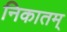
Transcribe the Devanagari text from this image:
निकातम्